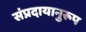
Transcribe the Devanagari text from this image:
संप्रदायानुरूप